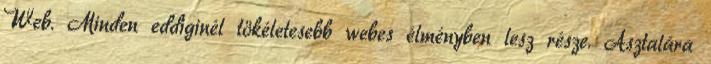
Web. Minden eddiginél tökéletesebb webes élményben lesz része. Asztalára